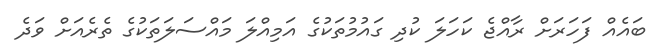
ބައެއް ފަހަރަށް ރާއްޖެ ކަހަލަ ކުދި ގައުމުތަކުގެ އަމިއްލަ މައްސަލަތަކުގެ ތެރެއަށް ވަދެ